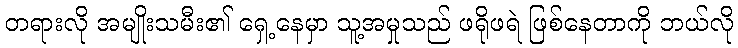
တရားလို အမျိုးသမီး၏ ရှေ့နေမှာ သူ့အမှုသည် ဖရိုဖရဲ ဖြစ်နေတာကို ဘယ်လို